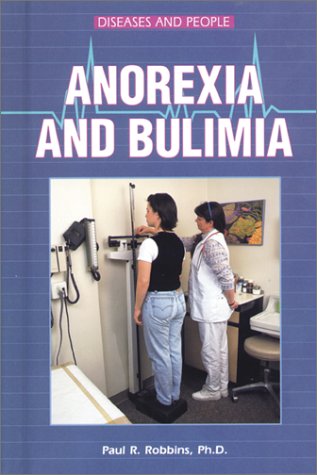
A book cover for Anorexia and Bulimia (Diseases and People); Paul R. Robbins; Health, Fitness & Dieting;